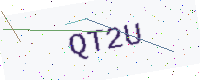
Text: QT2U